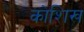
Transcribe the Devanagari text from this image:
कोशिख